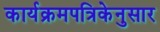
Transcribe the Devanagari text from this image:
कार्यक्रमपत्रिकेनुसार